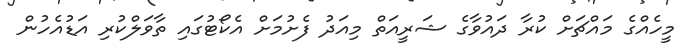
މީހެއްގެ މައްޗަށް ކުރާ ދައުވާގެ ޝަރީއަތް މިއަދު ފެށުމަށް އެކޯޓުގައި ތާވަލްކުރި އަޑުއެހުން